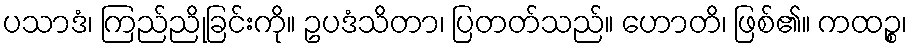
ပသာဒံ၊ ကြည်ညိုခြင်းကို။ ဥပဒံသိတာ၊ ပြတတ်သည်။ ဟောတိ၊ ဖြစ်၏။ ကထဉ္စ၊